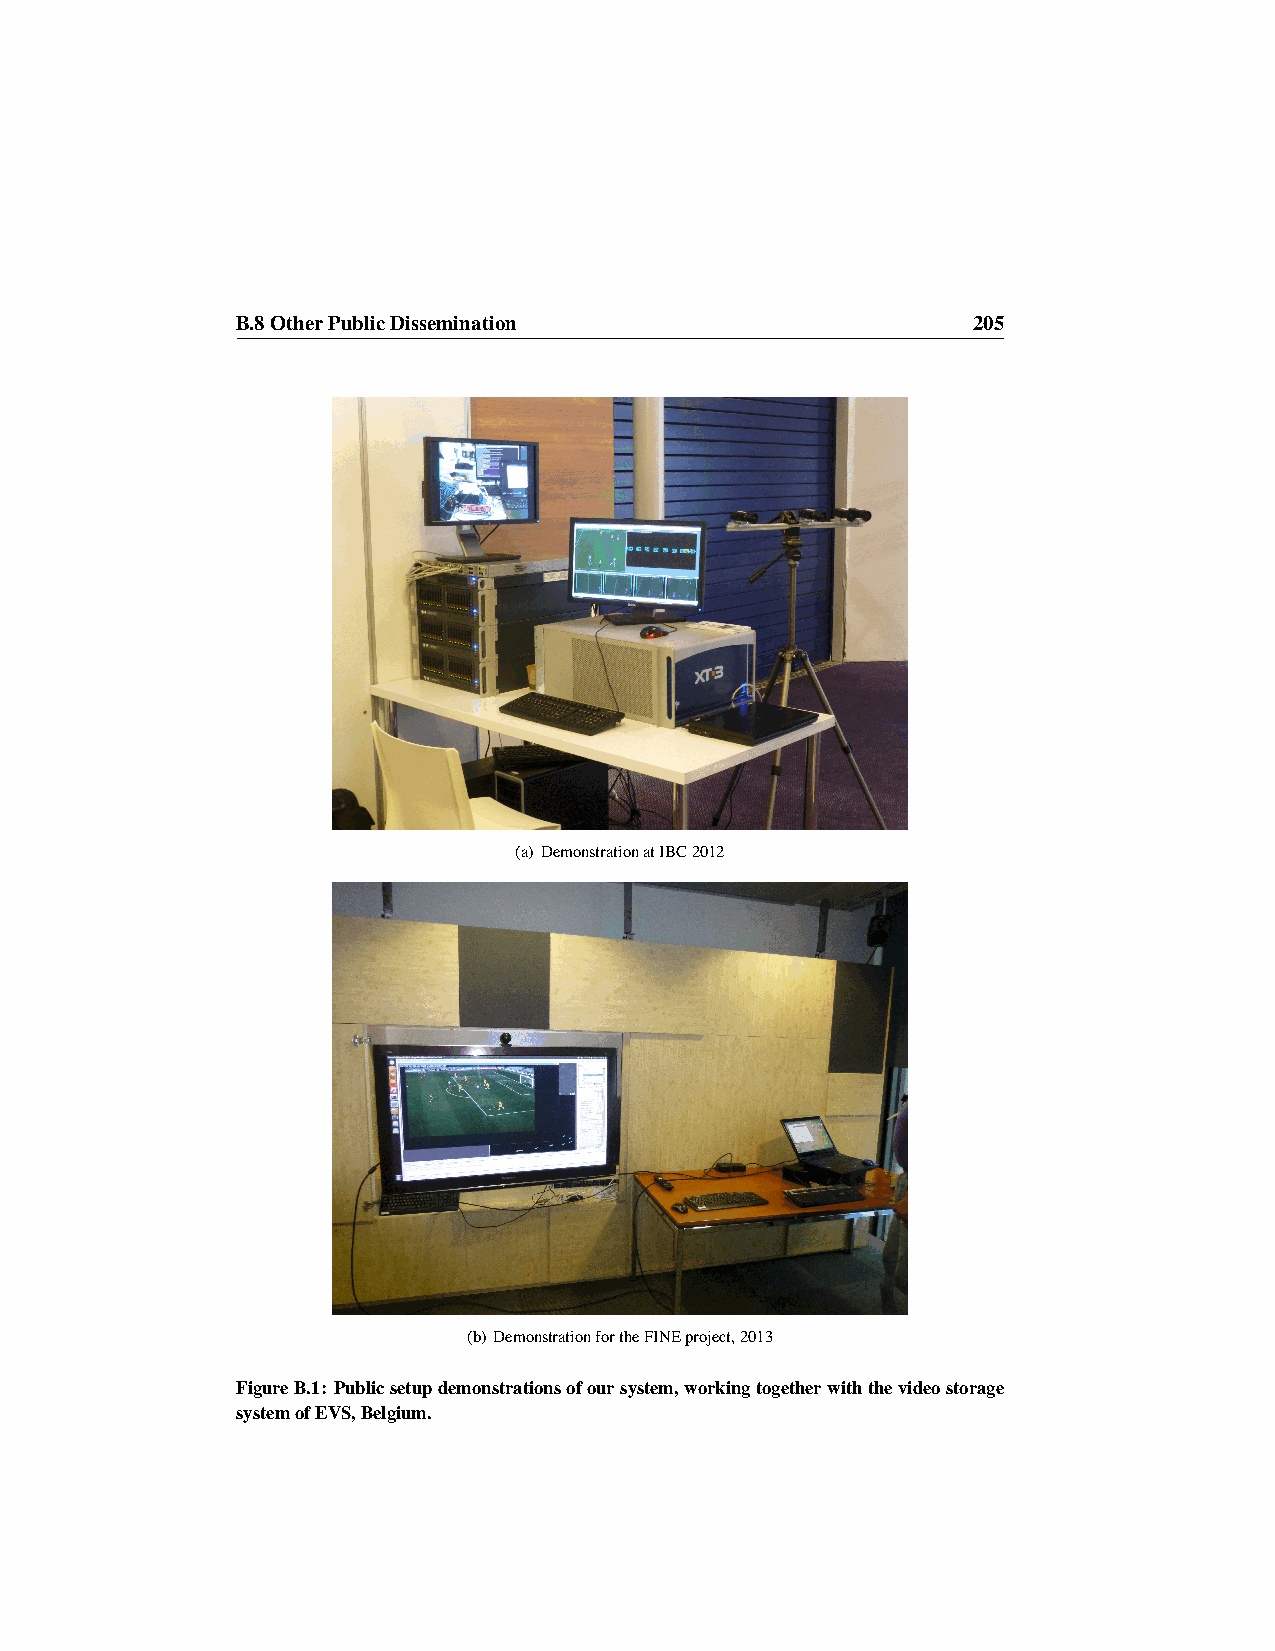
B.8OtherPublicDissemination                     205
 (a) DemonstrationatIBC2012
 (b) DemonstrationfortheFINEproject,2013
 FigureB.1: Publicsetupdemonstrationsofoursystem,workingtogetherwiththevideostorage
 systemofEVS,Belgium.